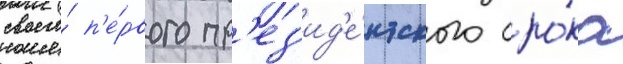
своего́ п'е́рвого пр'ез'ид'е́нтского сро́ка